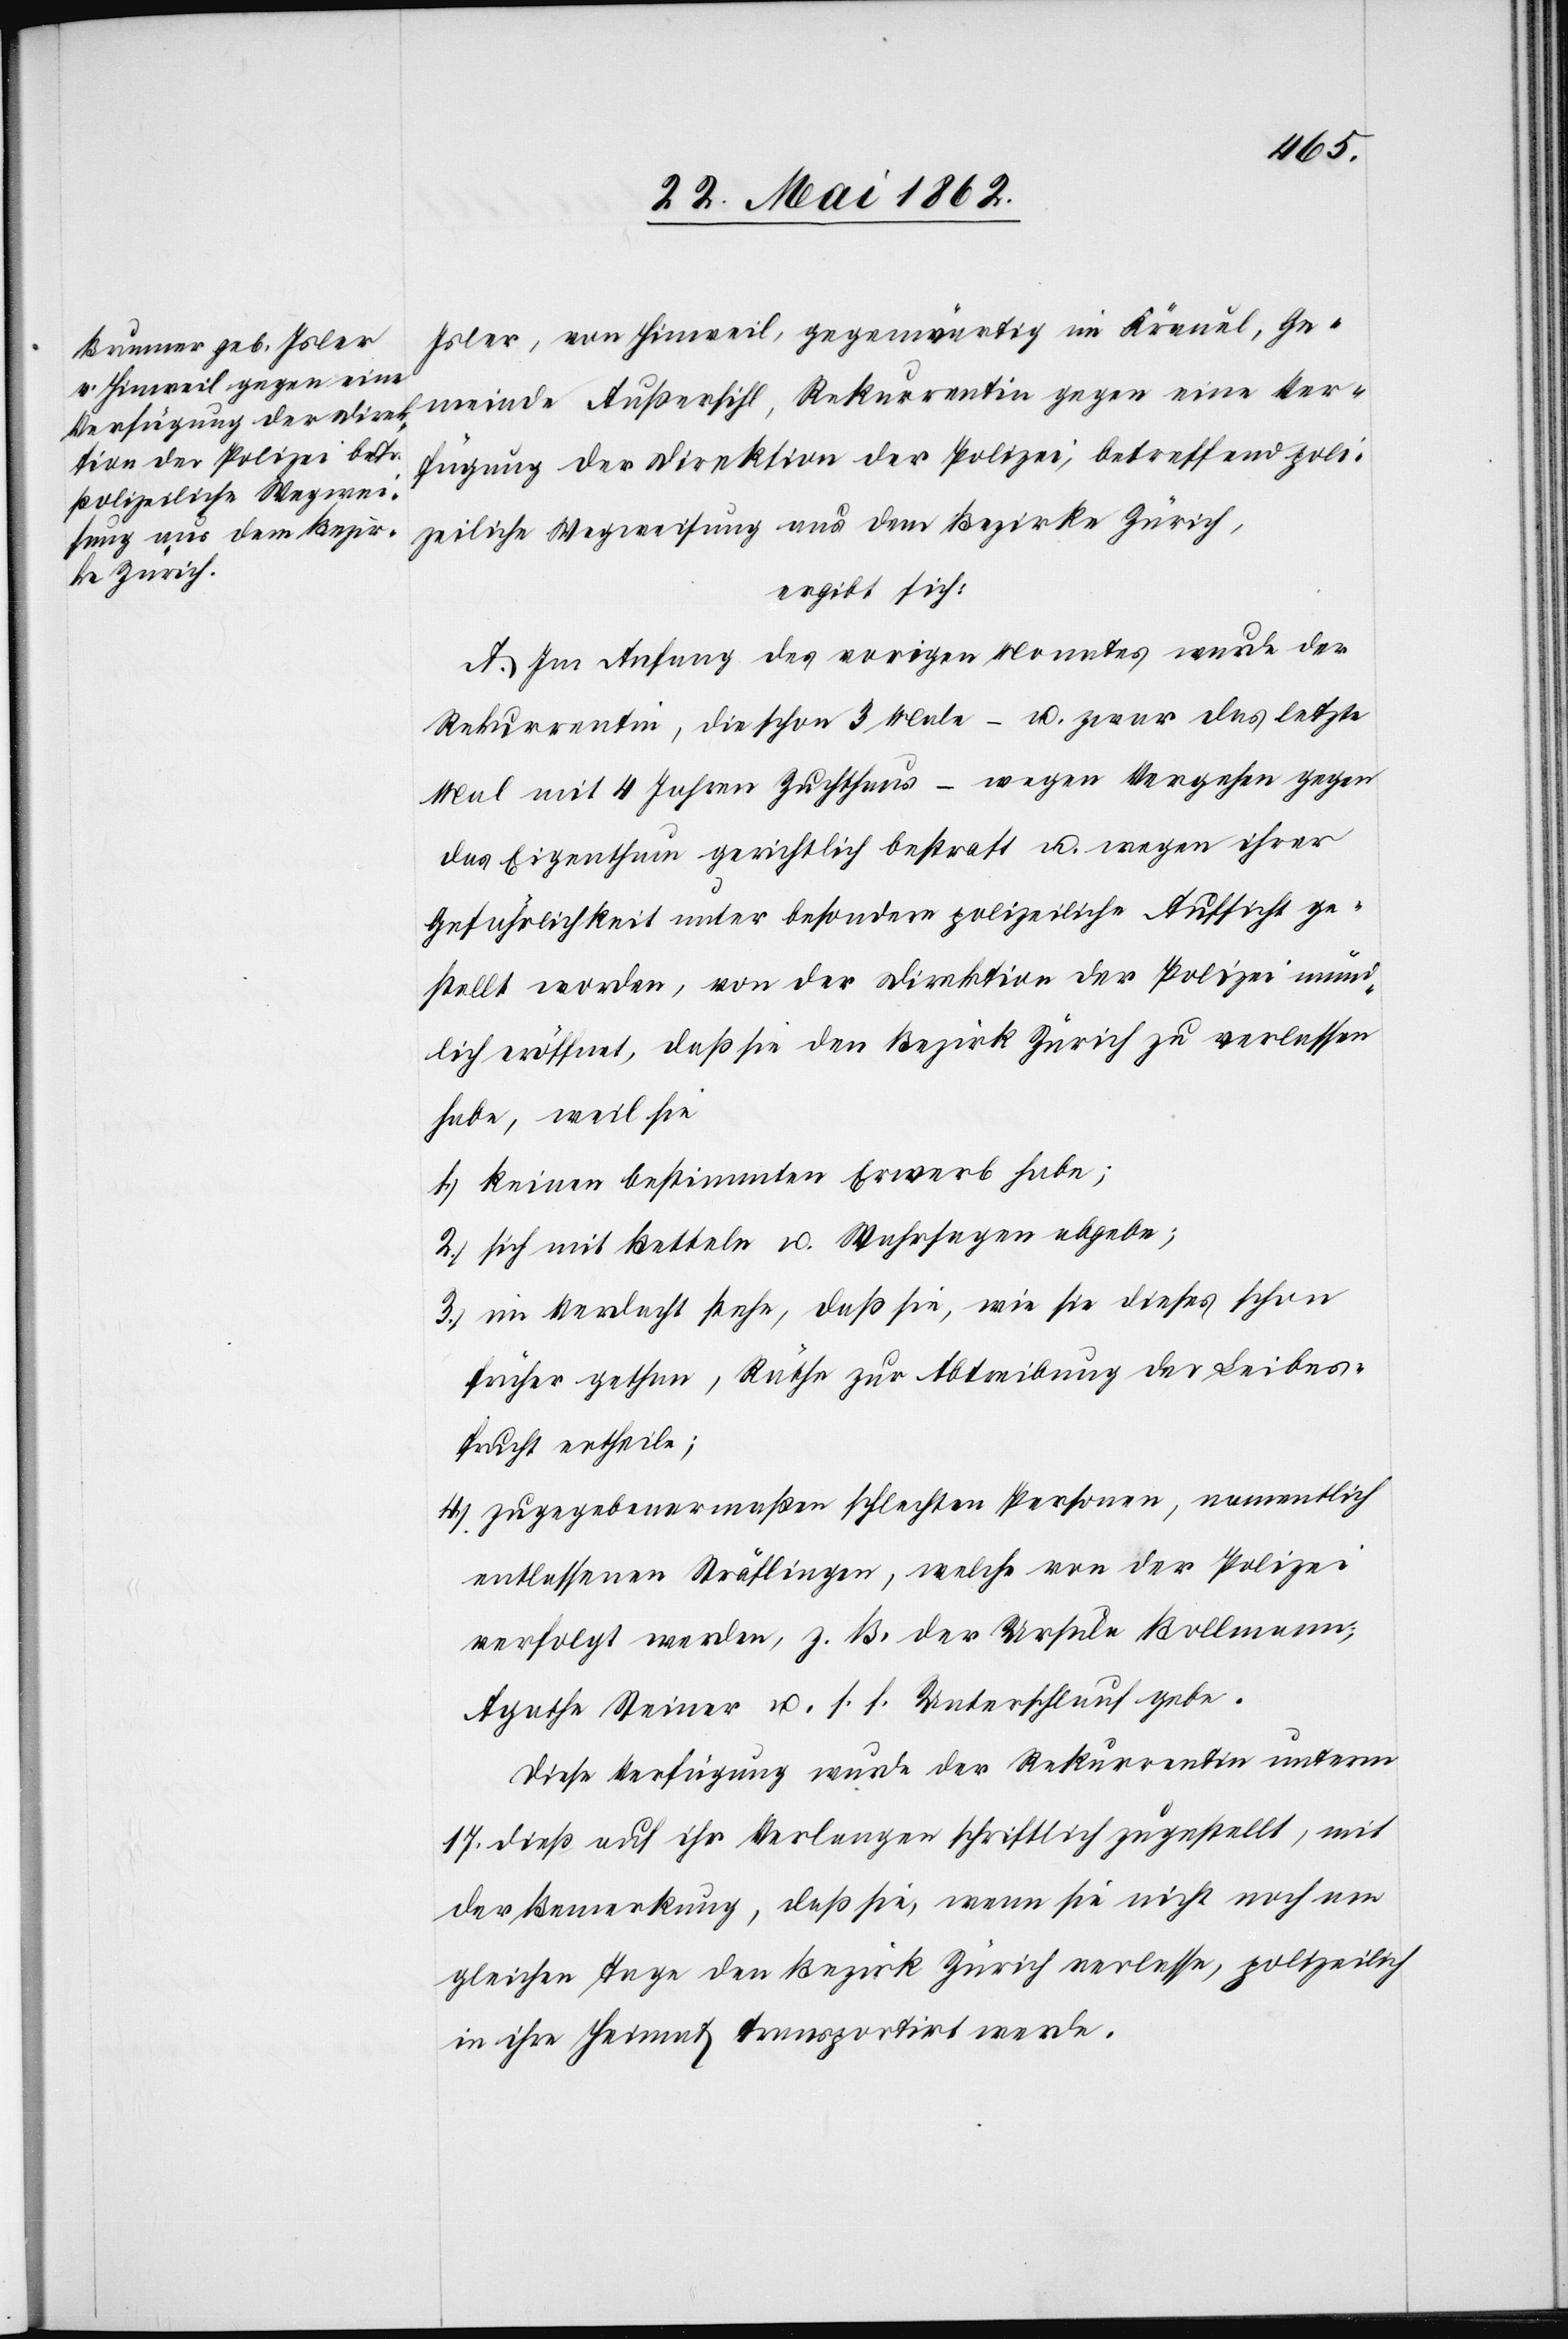
Isler, von Hinweil, gegenwärtig im Kräuel, Ge¬
meinde Außersihl, Rekurrentin gegen eine Ver¬
fügung der Direktion der Polizei, betreffend poli¬
zeiliche Wegweisung aus dem Bezirke Zürich,
ergibt sich:
A. Im Anfang des vorigen Monates wurde der
Rekurrentin, die schon 3 Male – u. zwar das letzte
Mal mit 4 Jahren Zuchthaus – wegen Vergehen gegen
das Eigenthum gerichtlich bestraft u. wegen ihrer
Gefährlichkeit unter besondere polizeiliche Aufsicht ge¬
stellt worden, von der Direktion der Polizei münd¬
lich eröffnet, daß sie den Bezirk Zürich zu verlassen
habe, weil sie
1) keinen bestimmten Erwerb habe;
2) sich mit Betteln u. Wahrsagen abgebe;
3) im Verdacht stehe, daß sie, wie sie dieses schon
früher gethan, Räthe zur Abtreibung der Leibes¬
frucht erheile;
4) zugegebenermaßen schlechten Personen, namentlich
entlassenen Sträflingen, welche von der Polizei
verfolgt werden, z. B. der Ursula Bollmann,
Agathe Steiner u. s. f. Unterschlauf gebe.
Diese Verfügung wurde der Rekurrentin unterm
17. dieß auf ihr Verlangen schriftlich zugestellt, mit
der Bemerkung, daß sie, wenn sie nicht noch am
gleichen Tage den Bezirk Zürich verlasse, polizeilich
in ihre Heimat transportirt werde.